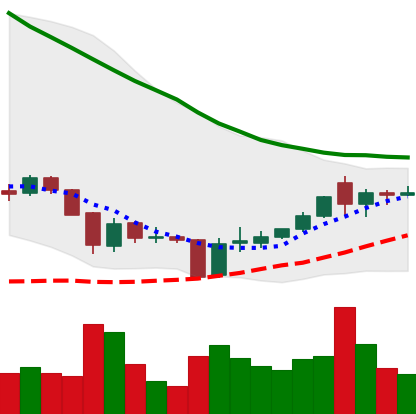
Ticker: XRP-USD
Chart end date: 2018-06-07
Forward return: -16.987%
Label: down_7plus